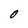
Character: o